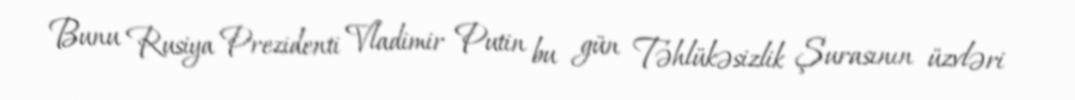
Bunu Rusiya Prezidenti Vladimir Putin bu gün Təhlükəsizlik Şurasının üzvləri